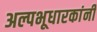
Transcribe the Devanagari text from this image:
अल्पभूधारकांनी